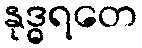
နုဒ္ဓရတေ